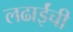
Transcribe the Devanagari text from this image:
लढाईंची